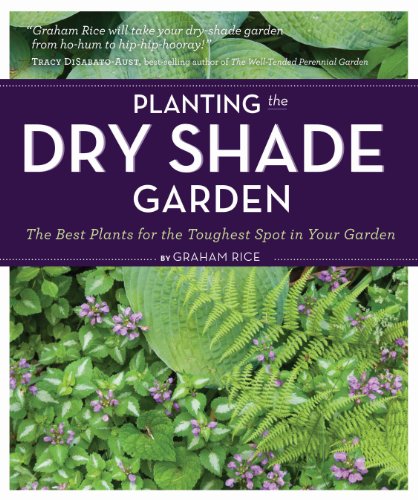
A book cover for Planting the Dry Shade Garden: The Best Plants for the Toughest Spot in Your Garden; Graham Rice; Crafts, Hobbies & Home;